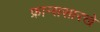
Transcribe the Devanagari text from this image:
फ्रान्ससारखे